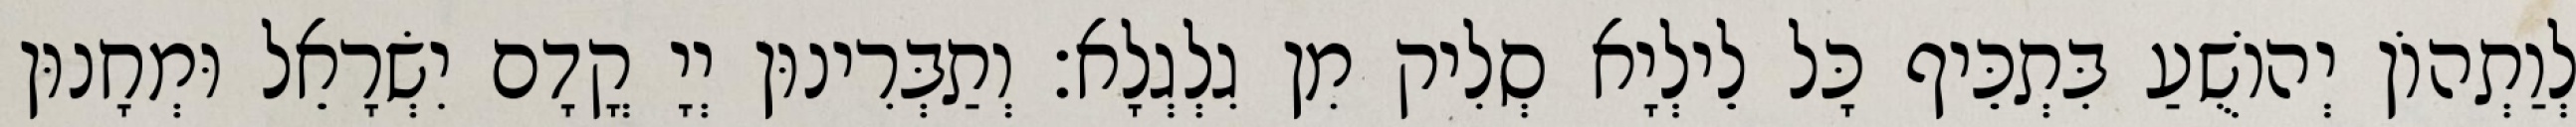
לְוַתְהוֹן יְהוֹשֻׁעַ בִּתְכֵּיף כָּל לֵילְיָא סְלִיק מִן גִלְגְלָא׃ וְתַבְּרִינוּן יְיָ קֳדָם יִשְׂרָאֵל וּמְחָנוּן